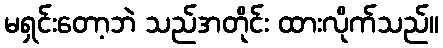
မရှင်းတော့ဘဲ သည်အတိုင်း ထားလိုက်သည်။